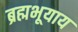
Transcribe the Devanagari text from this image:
ब्रह्मभूयाय